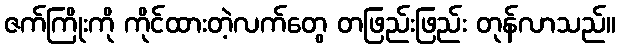
ဇက်ကြိုးကို ကိုင်ထားတဲ့လက်တွေ တဖြည်းဖြည်း တုန်လာသည်။